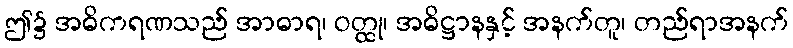
ဤ၌ အဓိကရဏသည် အာဓာရ၊ ဝတ္ထု၊ အဓိဋ္ဌာနနှင့် အနက်တူ၊ တည်ရာအနက်